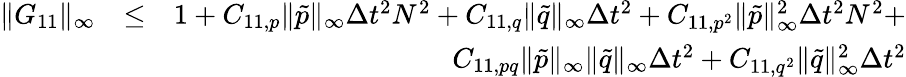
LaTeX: \begin{array}{rlr}{\| G_{11}\| _{\infty}}&{\leq}&{1+C_{11,p}\| \tilde{p}\| _{\infty}\Delta t^{2}N^{2}+C_{11,q}\| \tilde{q}\| _{\infty}\Delta t^{2}+C_{11,p^{2}}\| \tilde{p}\| _{\infty}^{2}\Delta t^{2}N^{2}+}\\ &{}&{C_{11,pq}\| \tilde{p}\| _{\infty}\| \tilde{q}\| _{\infty}\Delta t^{2}+C_{11,q^{2}}\| \tilde{q}\| _{\infty}^{2}\Delta t^{2}}\end{array}